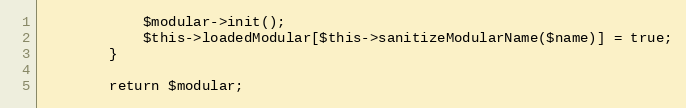
Language: PHP
            $modular->init();
            $this->loadedModular[$this->sanitizeModularName($name)] = true;
        }

        return $modular;